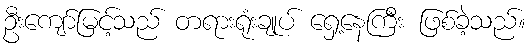
ဦးကျော်မြင့်သည် တရားရုံးချုပ် ရှေ့နေကြီး ဖြစ်ခဲ့သည်။